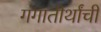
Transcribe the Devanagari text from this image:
गंगातीर्थांची